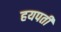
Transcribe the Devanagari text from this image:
हयपती